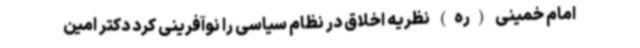
امام خمینی (ره) نظریه اخلاق در نظام سیاسی را نوآفرینی کرد دکتر امین